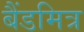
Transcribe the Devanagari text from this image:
बैंडमित्र